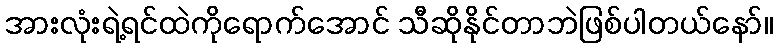
အားလုံးရဲ့ရင်ထဲကိုရောက်အောင် သီဆိုနိုင်တာဘဲဖြစ်ပါတယ်နော်။